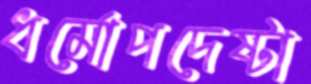
ধর্মোপদেষ্টা